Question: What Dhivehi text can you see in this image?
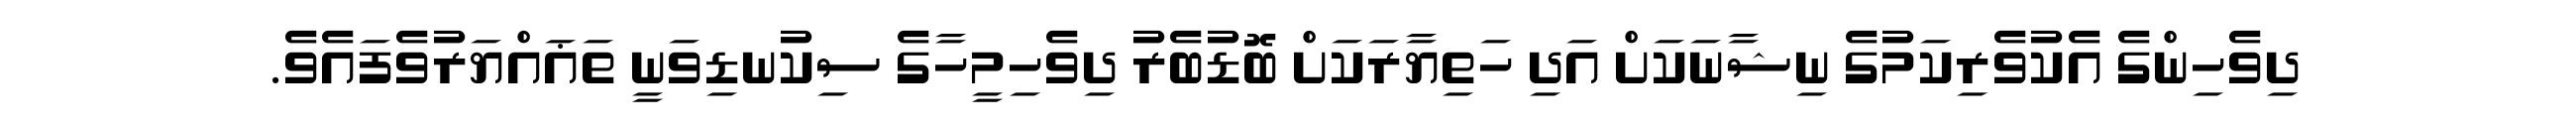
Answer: ދިވެހިންގެ އެކުވެރިކަމުގެ ނިޝާނަކަށް އަދި ހަތިޔާރަކަށް ބޮޑުބެރު ދިވެހިމީހާގެ ސިކުނޑިވަނީ ތަޣައްޔަރުވެފައެވެ.